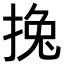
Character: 𢯂